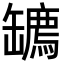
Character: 𦉙